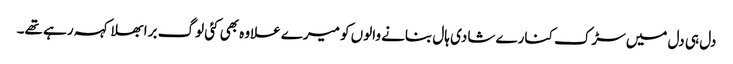
دل ہی دل میں سڑک کنارے شادی ہال بنانے والوں کو میرے علاوہ بھی کئی لوگ برا بھلا کہہ رہے تھے۔